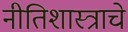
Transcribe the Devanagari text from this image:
नीतिशास्त्राचे